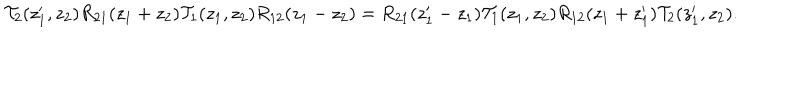
{ \cal T } _ { 2 } ( z _ { 1 } ^ { \prime } , z _ { 2 } ) R _ { 2 1 } ( z _ { 1 } + z _ { 2 } ) { \cal T } _ { 1 } ( z _ { 1 } , z _ { 2 } ) R _ { 1 2 } ( z _ { 1 } - z _ { 2 } ) = R _ { 2 1 } ( z _ { 1 } ^ { \prime } - z _ { 1 } ) { \cal T } _ { 1 } ( z _ { 1 } , z _ { 2 } ) R _ { 1 2 } ( z _ { 1 } + z _ { 1 } ^ { \prime } ) { \cal T } _ { 2 } ( z _ { 1 } ^ { \prime } , z _ { 2 } ) .